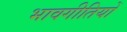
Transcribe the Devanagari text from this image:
भावगीतियों